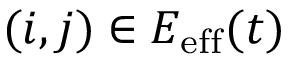
( i , j ) \in E _ { \mathrm { e f f } } ( t )